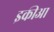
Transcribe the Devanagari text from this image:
इकीआ